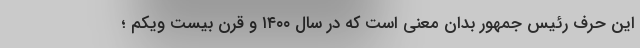
این حرف رئیس جمهور بدان معنی است که در سال ۱۴۰۰ و قرن بیست ویکم ؛